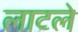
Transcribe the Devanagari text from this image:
लाटले